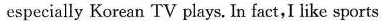
especially Korean TV plays. In fact,I like sports